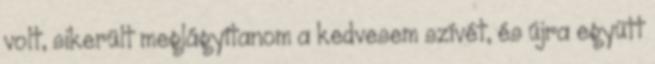
volt, sikerült meglágyítanom a kedvesem szívét, és újra együtt